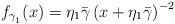
LaTeX: \begin{align*} f_{\gamma_{_1}}(x) = \eta_1\bar{\gamma}\left(x+\eta_1\bar{\gamma}\right)^{-2}\end{align*}